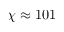
\chi \approx 1 0 1